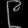
Digit: ၉